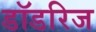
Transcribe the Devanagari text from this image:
डॉडरिज